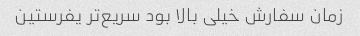
زمان سفارش خیلی بالا بود سریع‌تر یفرستین